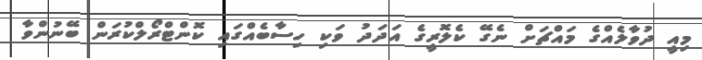
މިއީ ދުވާލެއްގެ މައްޗަށް ނެގޭ ކެލޮރީގެ އަދަދު ވަކި ހިސާބެއްގައި ކޮންޓްރޯލްކުރަން ބޭނުންވާ